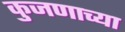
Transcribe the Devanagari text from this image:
कुजणाच्या